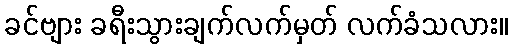
ခင်ဗျား ခရီးသွားချက်လက်မှတ် လက်ခံသလား။